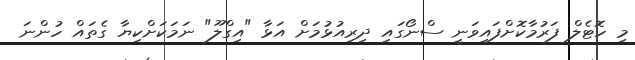
މި ހޮޓެލް ފަރުމާކޮށްފައިވަނީ ސްނޯގައި ދިރިއުޅުމަށް އަޅާ "އިގްލޫ" ނަމަކަށްކިޔާ ގެތައް ހުންނަ